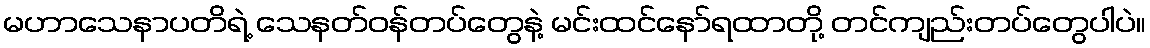
မဟာသေနာပတိရဲ့ သေနတ်ဝန်တပ်တွေနဲ့ မင်းထင်နော်ရထာတို့ တင်ကျည်းတပ်တွေပါပဲ။